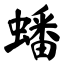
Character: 蟠